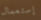
إستعمال